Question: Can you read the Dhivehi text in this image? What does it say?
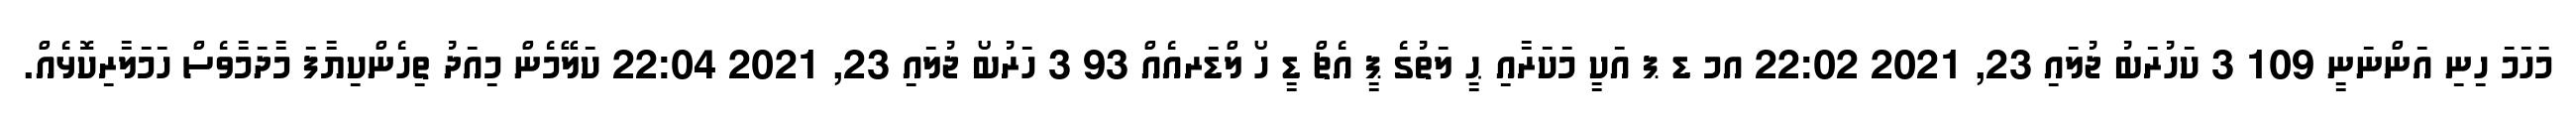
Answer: މަހަމަ ހިނި އަންނަނީ 109 3 ކަހުރަބު ޖުލައި 23, 2021 22:02 އމ ޑ ޕ އަކީ މަކަރާއި ޙީ ލަތުގެ ޕީ އެޗް ޑީ ހޯ ލްޑަރއެއް 93 3 ހަރުބޯ ޖުލައި 23, 2021 22:04 ކަލޭމެން މިއަދު ތިހެންކިޔާފަ މާދަމާވެސް ހަމަލާރިކޮޅެއް.